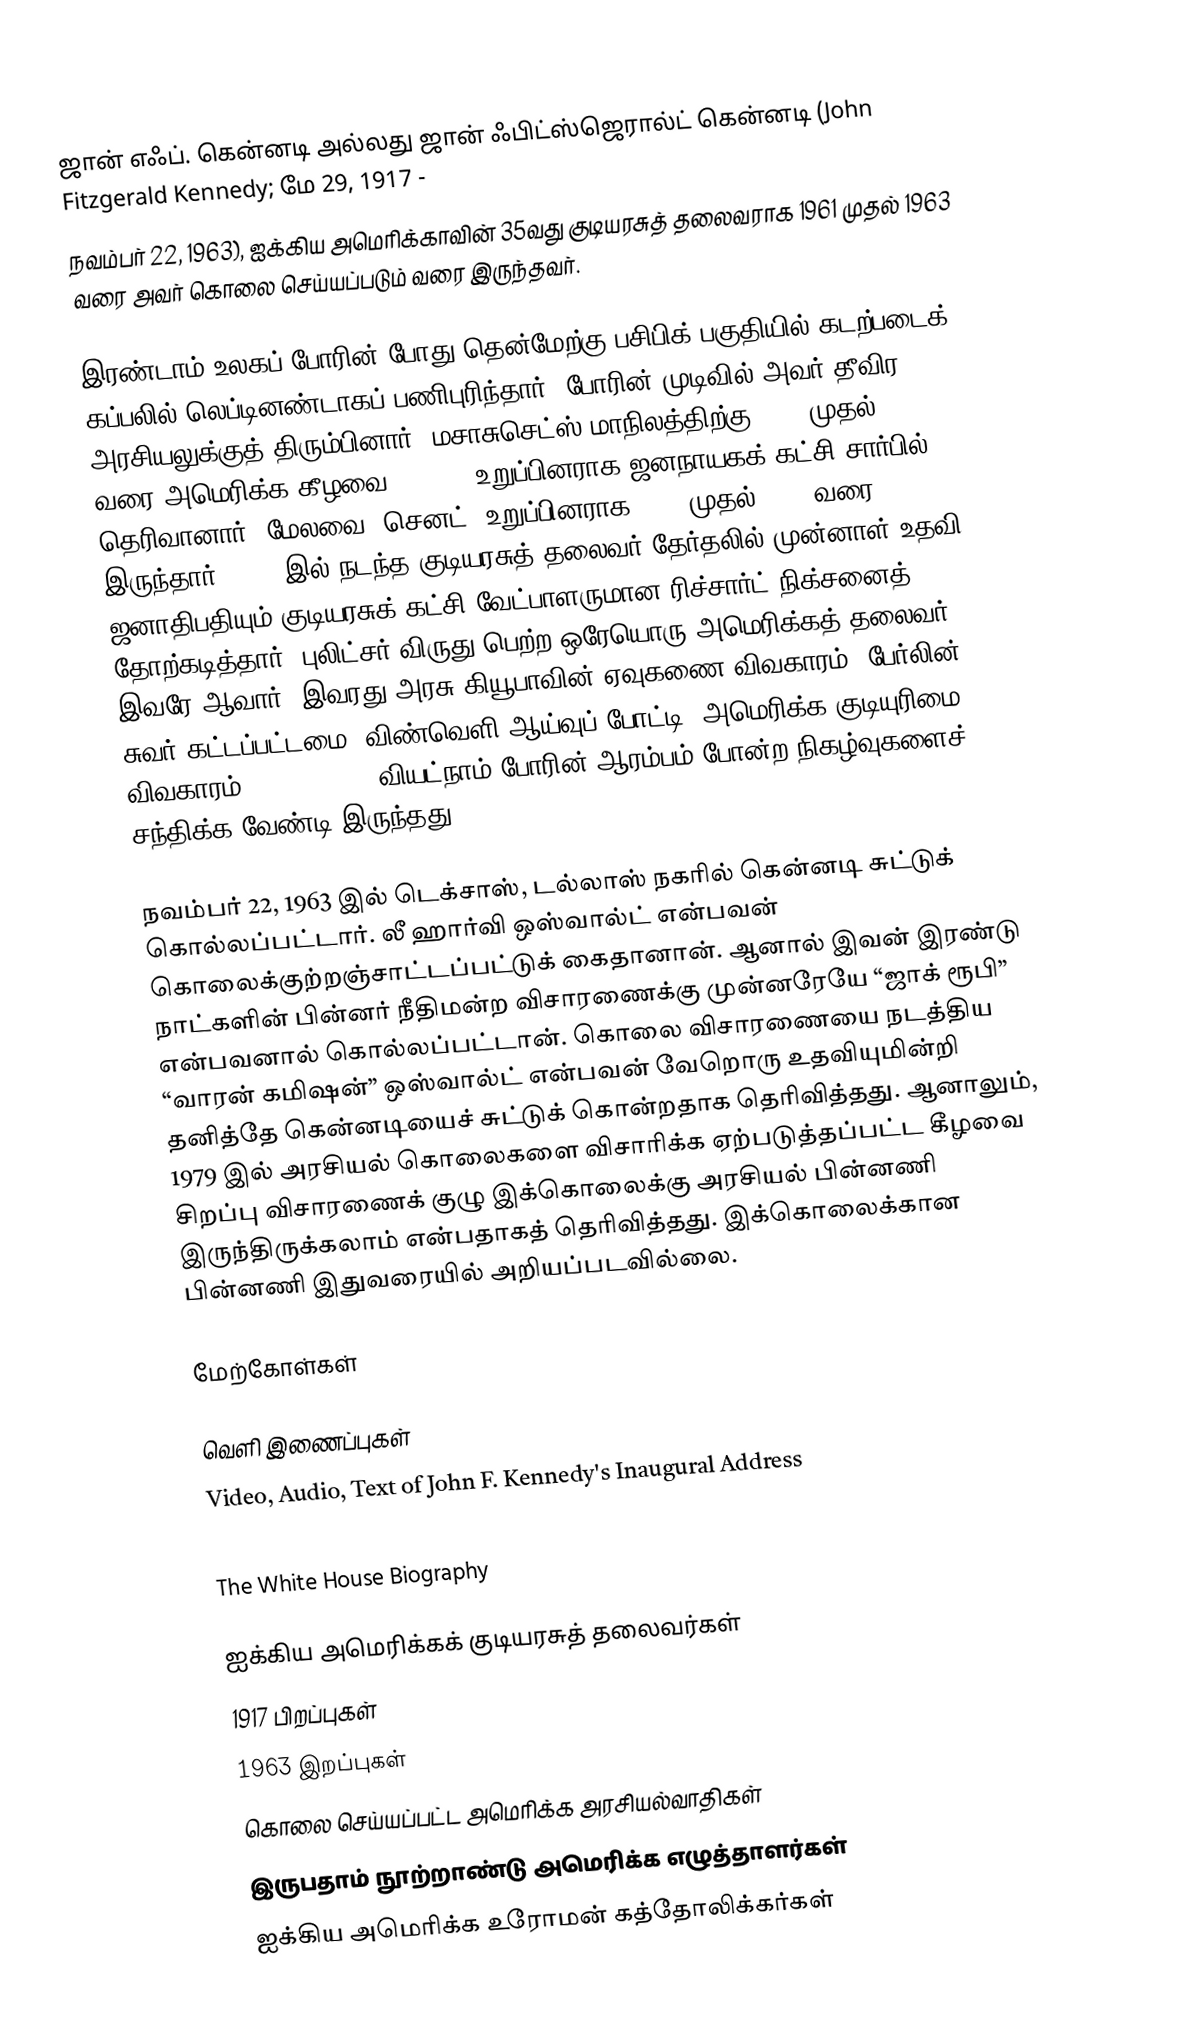
ஜான் எஃப். கென்னடி அல்லது ஜான் ஃபிட்ஸ்ஜெரால்ட் கென்னடி (John Fitzgerald Kennedy; மே 29, 1917 -
நவம்பர் 22, 1963), ஐக்கிய அமெரிக்காவின் 35வது குடியரசுத் தலைவராக 1961 முதல் 1963 வரை அவர் கொலை செய்யப்படும் வரை இருந்தவர்.

இரண்டாம் உலகப் போரின் போது தென்மேற்கு பசிபிக் பகுதியில் கடற்படைக் கப்பலில் லெப்டினண்டாகப் பணிபுரிந்தார். போரின் முடிவில் அவர் தீவிர அரசியலுக்குத் திரும்பினார். மசாசுசெட்ஸ் மாநிலத்திற்கு 1947 முதல் 1953 வரை அமெரிக்க கீழவை (House) உறுப்பினராக ஜனநாயகக் கட்சி சார்பில் தெரிவானார். மேலவை (செனட்) உறுப்பினராக 1953 முதல் 1961 வரை இருந்தார். 1960 இல் நடந்த குடியரசுத் தலைவர் தேர்தலில் முன்னாள் உதவி ஜனாதிபதியும்  குடியரசுக் கட்சி வேட்பாளருமான ரிச்சார்ட் நிக்சனைத் தோற்கடித்தார். புலிட்சர் விருது பெற்ற ஒரேயொரு அமெரிக்கத் தலைவர் இவரே ஆவார்.  இவரது அரசு கியூபாவின் ஏவுகணை விவகாரம், பேர்லின் சுவர் கட்டப்பட்டமை, விண்வெளி ஆய்வுப் போட்டி, அமெரிக்க குடியுரிமை விவகாரம் (1955–1968), வியட்நாம் போரின் ஆரம்பம் போன்ற நிகழ்வுகளைச் சந்திக்க வேண்டி இருந்தது.

நவம்பர் 22, 1963 இல் டெக்சாஸ், டல்லாஸ் நகரில் கென்னடி சுட்டுக் கொல்லப்பட்டார். லீ ஹார்வி ஒஸ்வால்ட் என்பவன் கொலைக்குற்றஞ்சாட்டப்பட்டுக் கைதானான். ஆனால் இவன் இரண்டு நாட்களின் பின்னர் நீதிமன்ற விசாரணைக்கு முன்னரேயே “ஜாக் ரூபி” என்பவனால் கொல்லப்பட்டான். கொலை விசாரணையை நடத்திய “வாரன் கமிஷன்” ஒஸ்வால்ட் என்பவன் வேறொரு உதவியுமின்றி தனித்தே கென்னடியைச் சுட்டுக் கொன்றதாக தெரிவித்தது. ஆனாலும், 1979 இல் அரசியல் கொலைகளை விசாரிக்க ஏற்படுத்தப்பட்ட கீழவை சிறப்பு விசாரணைக் குழு இக்கொலைக்கு அரசியல் பின்னணி இருந்திருக்கலாம் என்பதாகத் தெரிவித்தது. இக்கொலைக்கான பின்னணி இதுவரையில் அறியப்படவில்லை.

மேற்கோள்கள்

வெளி இணைப்புகள்
 Video, Audio, Text of John F. Kennedy's Inaugural Address
 John F. Kennedy Library
 The White House Biography

ஐக்கிய அமெரிக்கக் குடியரசுத் தலைவர்கள்
1917 பிறப்புகள்
1963 இறப்புகள்
கொலை செய்யப்பட்ட அமெரிக்க அரசியல்வாதிகள்
இருபதாம் நூற்றாண்டு அமெரிக்க எழுத்தாளர்கள்
ஐக்கிய அமெரிக்க உரோமன் கத்தோலிக்கர்கள்